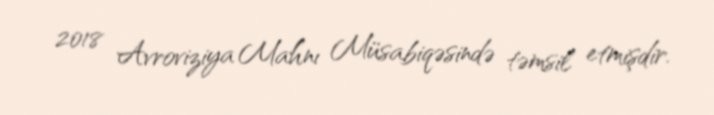
2018 Avroviziya Mahnı Müsabiqəsində təmsil etmişdir.